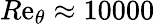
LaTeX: R\mathrm{e}_{\theta}\approx10000